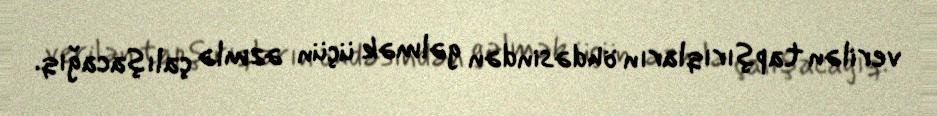
verilən tapşırıqların öhdəsindən gəlmək üçün əzmlə çalışacağıq.